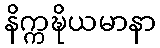
နိက္ကဍ္ဎိယမာနာ